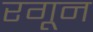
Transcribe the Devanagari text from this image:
रगून